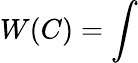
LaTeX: W(C)=\int